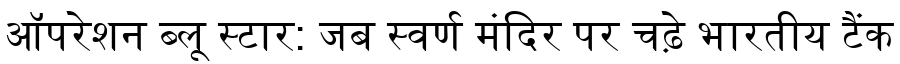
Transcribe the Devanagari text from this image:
ऑपरेशन ब्लू स्टार: जब स्वर्ण मंदिर पर चढ़े भारतीय टैंक